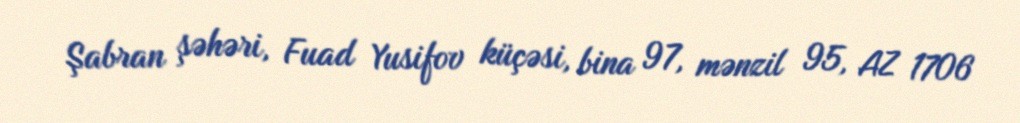
Şabran şəhəri, Fuad Yusifov küçəsi, bina 97, mənzil 95, AZ 1706